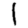
Digit: 1